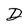
Character: D